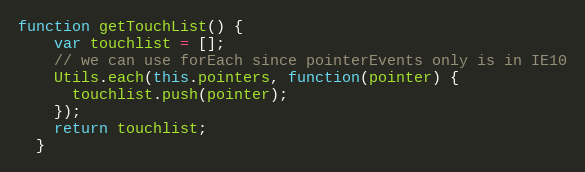
Language: JavaScript
function getTouchList() {
    var touchlist = [];
    // we can use forEach since pointerEvents only is in IE10
    Utils.each(this.pointers, function(pointer) {
      touchlist.push(pointer);
    });
    return touchlist;
  }